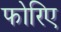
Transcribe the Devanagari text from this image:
फोरिए